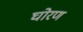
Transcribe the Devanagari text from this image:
घोरण